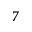
^ { 7 }